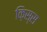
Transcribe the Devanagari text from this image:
क़िस्स